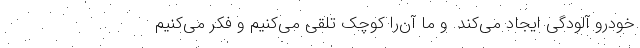
خودرو آلودگی ایجاد می‌کند. و ما آن‌را کوچک تلقی می‌کنیم و فکر می‌کنیم